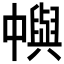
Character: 𠁹